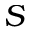
S